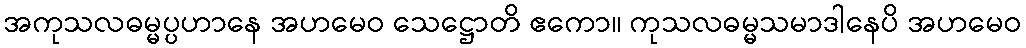
အကုသလဓမ္မပ္ပဟာနေ အဟမေဝ သေဋ္ဌောတိ ဧကော။ ကုသလဓမ္မသမာဒါနေပိ အဟမေဝ